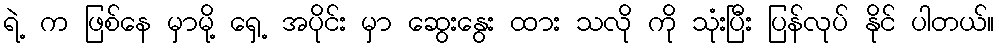
ရဲ့ က ဖြစ်နေ မှာမို့ ရှေ့ အပိုင်း မှာ ဆွေးနွေး ထား သလို ကို သုံးပြီး ပြန်လုပ် နိုင် ပါတယ်။